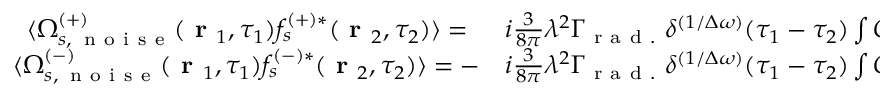
\begin{array} { r l } { \langle \Omega _ { s , \, \mathrm { ~ n ~ o ~ i ~ s ~ e ~ } } ^ { ( + ) } ( \textbf { r } _ { 1 } , \tau _ { 1 } ) f _ { s } ^ { ( + ) * } ( \textbf { r } _ { 2 } , \tau _ { 2 } ) \rangle = \, \, \, } & { { } i \frac { 3 } { 8 \pi } \lambda ^ { 2 } \Gamma _ { \mathrm { ~ r ~ a ~ d ~ . ~ } } \delta ^ { ( 1 / \Delta \omega ) } ( \tau _ { 1 } - \tau _ { 2 } ) \int G ( \textbf { r } _ { 1 } - \textbf { r } ) F ( \textbf { r } _ { \bot } - \textbf { r } _ { 2 \bot } ) d \textbf { r } , } \\ { \langle \Omega _ { s , \, \mathrm { ~ n ~ o ~ i ~ s ~ e ~ } } ^ { ( - ) } ( \textbf { r } _ { 1 } , \tau _ { 1 } ) f _ { s } ^ { ( - ) * } ( \textbf { r } _ { 2 } , \tau _ { 2 } ) \rangle = - } & { { } i \frac { 3 } { 8 \pi } \lambda ^ { 2 } \Gamma _ { \mathrm { ~ r ~ a ~ d ~ . ~ } } \delta ^ { ( 1 / \Delta \omega ) } ( \tau _ { 1 } - \tau _ { 2 } ) \int G ^ { * } ( \textbf { r } _ { 1 } - \textbf { r } ) F ( \textbf { r } _ { \bot } - \textbf { r } _ { 2 \bot } ) d \textbf { r } , } \end{array}